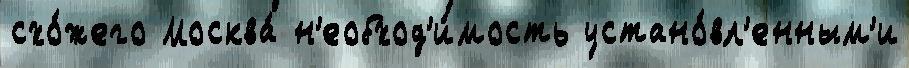
схо́жего Москва́ н'еобход'и́мость устано́вл'енным'и